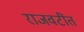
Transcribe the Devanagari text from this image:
राजवटींत